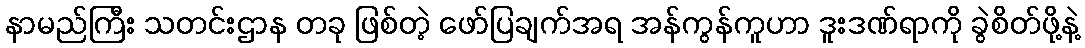
နာမည်ကြီး သတင်းဌာန တခု ဖြစ်တဲ့ ဖော်ပြချက်အရ အန်ကွန်ကူဟာ ဒူးဒဏ်ရာကို ခွဲစိတ်ဖို့နဲ့